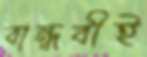
বান্ধবীই